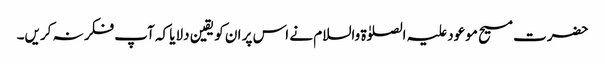
حضرت مسیح موعود علیہ الصلوٰۃ والسلام نے اس پر ان کو یقین دلایا کہ آپ فکر نہ کریں۔